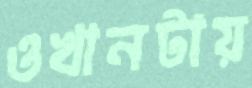
ওখানটায়